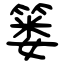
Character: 篓